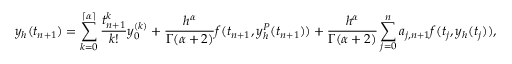
y _ { h } ( t _ { n + 1 } ) = \sum _ { k = 0 } ^ { \left\lceil { \alpha } \right\rceil } \frac { t _ { n + 1 } ^ { k } } { k ! } y _ { 0 } ^ { ( k ) } + \frac { h ^ { \alpha } } { \Gamma ( \alpha + 2 ) } f ( t _ { n + 1 } , y _ { h } ^ { P } ( t _ { n + 1 } ) ) + \frac { h ^ { \alpha } } { \Gamma ( \alpha + 2 ) } \sum _ { j = 0 } ^ { n } a _ { j , n + 1 } f ( t _ { j } , y _ { h } ( t _ { j } ) ) ,